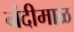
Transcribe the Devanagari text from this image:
नंदीमाळ